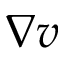
\nabla v